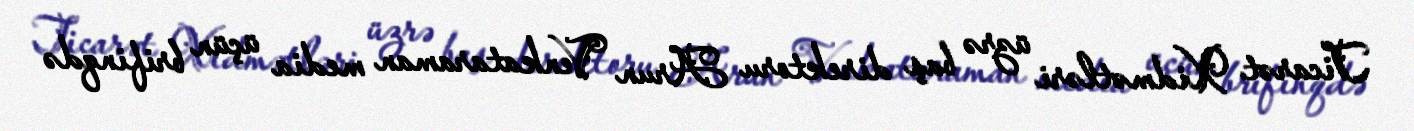
Ticarət Xidmətləri üzrə baş direktoru Arun Venkataraman media üçün brifinqdə